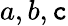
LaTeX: a,b,\mathtt{c}